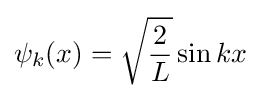
\psi _{k}(x)={\sqrt {\frac {2}{L}}}\sin kx